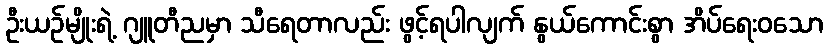
ဦးယဉ်မျိုးရဲ့ ဂျူတီညမှာ သီရေတာလည်း ဖွင့်ရပါလျက် နွယ်ကောင်းစွာ အိပ်ရေးဝသော